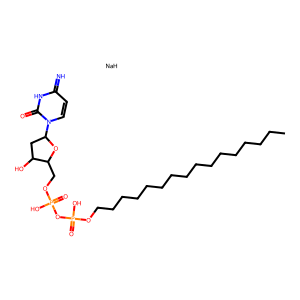
SMILES: CCCCCCCCCCCCCCCCOP(=O)(O)OP(=O)(O)OCC1OC(n2ccc(=N)[nH]c2=O)CC1O.[NaH]
Inhibits HIV replication: No